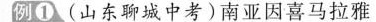
例①(山东聊城中考)南亚因喜马拉雅